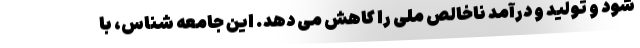
شود و تولید و درآمد ناخالص ملی را کاهش می دهد. این جامعه شناس، با